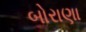
બોરાણા